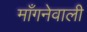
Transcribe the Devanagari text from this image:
माँगनेवाली